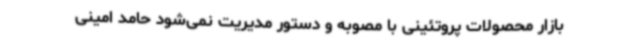
بازار محصولات پروتئینی با مصوبه و دستور مدیریت نمی‌شود حامد امینی